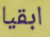
ابقيا